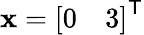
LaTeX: \mathbf{x}={\left[\begin{array}{ll}{0}&{3}\end{array}\right]}^{\mathsf{T}}